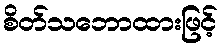
စိတ်သဘောထားဖြင့်